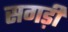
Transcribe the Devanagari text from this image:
सगड़ी